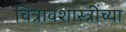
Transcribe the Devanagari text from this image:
चित्रावशास्त्रींच्या